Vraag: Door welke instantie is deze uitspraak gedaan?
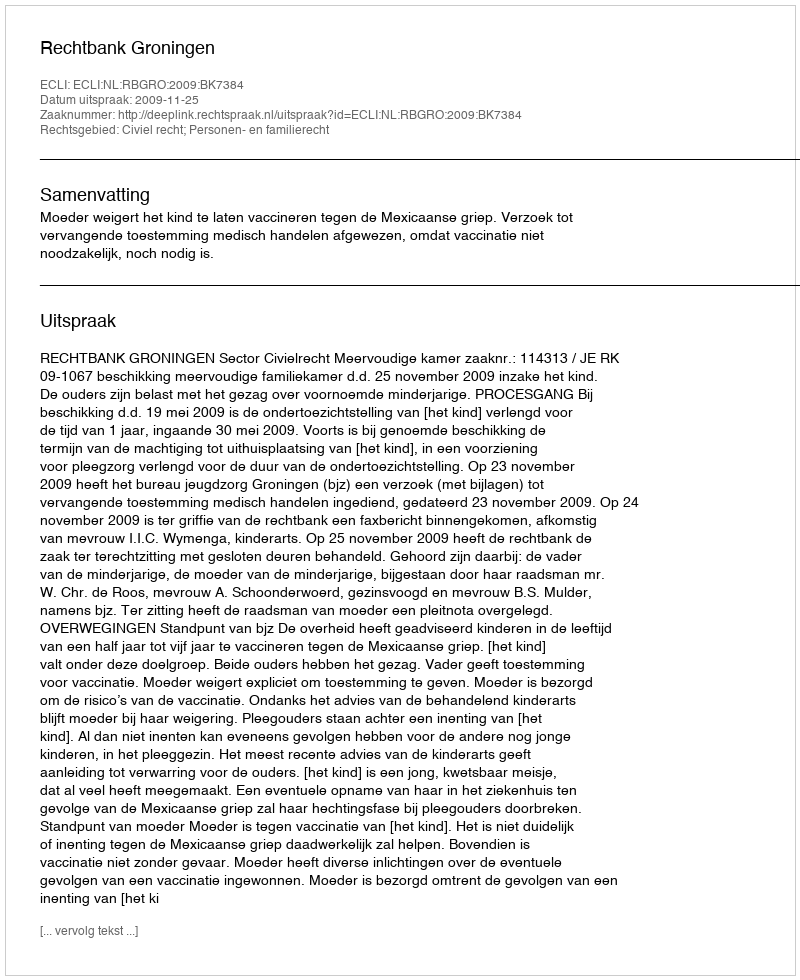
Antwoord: Rechtbank Groningen